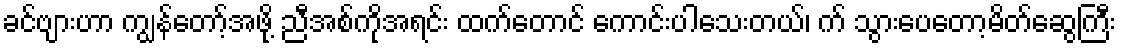
ခင်ဗျားဟာ ကျွန်တော့်အဖို့ ညီအစ်ကိုအရင်း ထက်တောင် ကောင်းပါသေးတယ်၊ က် သွားပေတော့မိတ်ဆွေကြီး